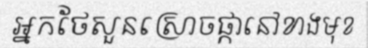
អ្នកថែសួនស្រោចផ្កានៅខាងមុខ